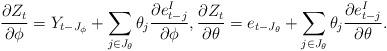
LaTeX: \begin{align*}\frac{\partial Z_{t}}{\partial\phi}= Y_{t-J_\phi} +\sum_{j\in J_\theta}\theta_{j}\frac{\partial e_{t-j}^I}{\partial\phi}, \frac{\partial Z_{t}}{\partial\theta}= e_{t-J_\theta} +\sum_{j\in J_\theta}\theta_{j}\frac{\partial e_{t-j}^I}{\partial\theta}.\end{align*}